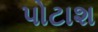
પોટાશ